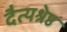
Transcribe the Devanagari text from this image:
दैत्यश्रेष्ठ